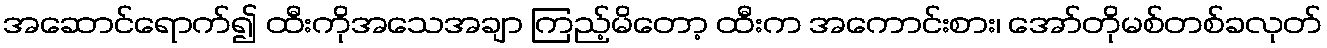
အဆောင်ရောက်၍ ထီးကိုအသေအချာ ကြည့်မိတော့ ထီးက အကောင်းစား၊ အော်တိုမစ်တစ်ခလုတ်